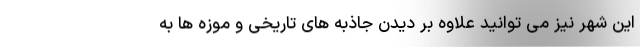
این شهر نیز می توانید علاوه بر دیدن جاذبه های تاریخی و موزه ها به